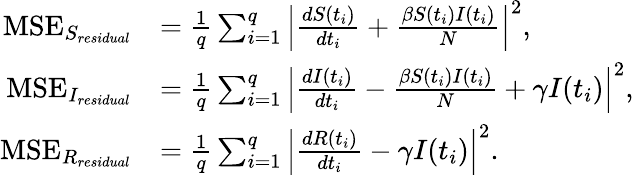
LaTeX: \begin{array}{rl}{\mathrm{MSE}_{S_{residual}}}&{=\frac{1}{q}\sum_{i=1}^{q}\left|\frac{d{S}(t_{i})}{dt_{i}}+\frac{\beta{S}(t_{i}){I}(t_{i})}{N}\right|^{2},}\\ {\mathrm{MSE}_{I_{residual}}}&{=\frac{1}{q}\sum_{i=1}^{q}\left|\frac{d{I}(t_{i})}{dt_{i}}-\frac{\beta{S}(t_{i}){I}(t_{i})}{N}+\gamma I(t_{i})\right|^{2},}\\ {\mathrm{MSE}_{R_{residual}}}&{=\frac{1}{q}\sum_{i=1}^{q}\left|\frac{d{R}(t_{i})}{dt_{i}}-\gamma I(t_{i})\right|^{2}.}\end{array}